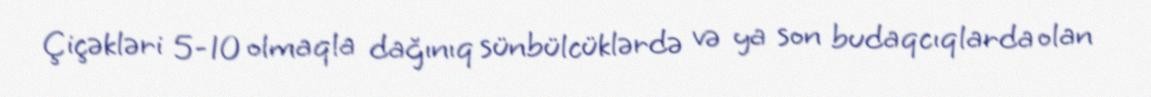
Çiçəkləri 5-10 olmaqla dağınıq sünbülcüklərdə və ya son budaqcıqlarda olan